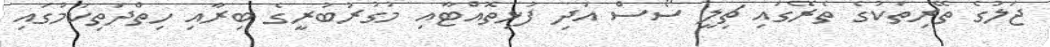
ޖަލުގެ ތޭރިތަކުގެ ތެރޭގައި ޗިލީ ސޯސް އަދި ފުޅިތޮއްޓާއި މުގުރުބުރީގެ ބިރާއި ހިތްދަތިކަމުގައި